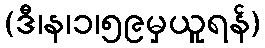
(ဒီ၊န၊၁၊၅၉မှယူရန်)